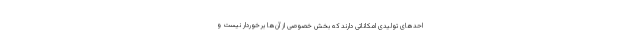
احدهای تولیدی امکاناتی دارند که بخش خصوصی از آن‌ها برخوردار نیست و